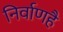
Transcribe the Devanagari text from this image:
निर्वाणहै